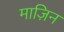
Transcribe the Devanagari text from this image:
माज़िन